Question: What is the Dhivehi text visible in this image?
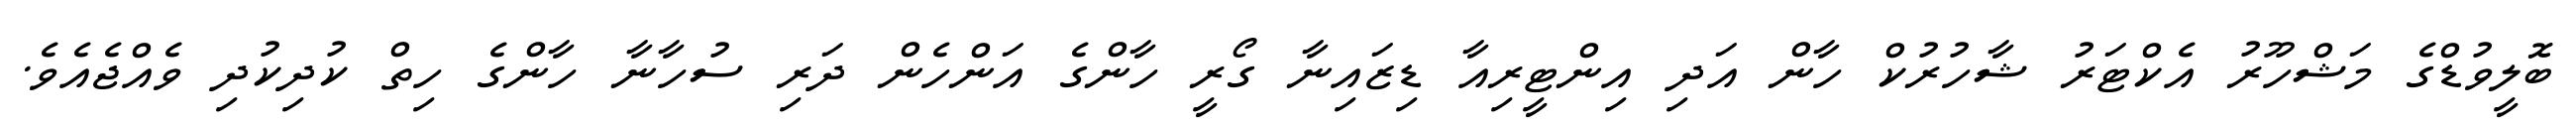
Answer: ބޮލީވުޑްގެ މަޝްހޫރު އެކްޓަރު ޝާހުރުކް ހާން އަދި އިންޓީރިއާ ޑިޒައިނާ ގޯރީ ހާންގެ އަންހެން ދަރި ސުހާނާ ހާންގެ ހިތް ކުދިކުދި ވެއްޖެއެވެ.